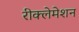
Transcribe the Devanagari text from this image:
रीक्लेमेशन